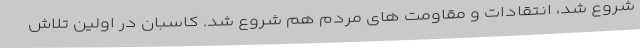
شروع شد، انتقادات و مقاومت های مردم هم شروع شد. کاسبان در اولین تلاش